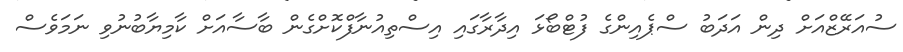
ސުއަރޭޒްއަށް ދިން އަދަބު ސްޕެއިންގެ ފުޓްބޯޅަ އިދާރާގައި އިސްތިއުނާފްކޮށްގެން ބާސާއަށް ކާމިޔާބުނުވި ނަމަވެސް